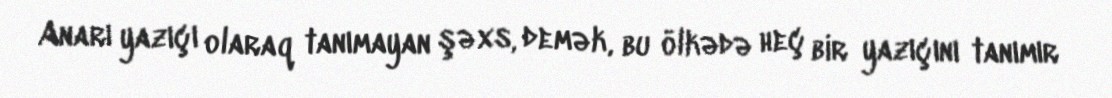
Anarı yazıçı olaraq tanımayan şəxs, demək, bu ölkədə heç bir yazıçını tanımır